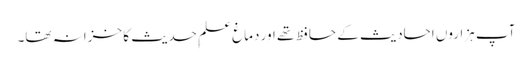
آپ ہزاروں احادیث کے حافظ تھے اور دماغ علمِ حدیث کا خزانہ تھا۔